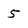
Character: 5